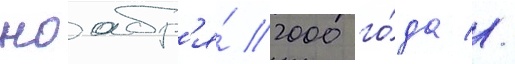
ноабр'я́ 2000 го́да //